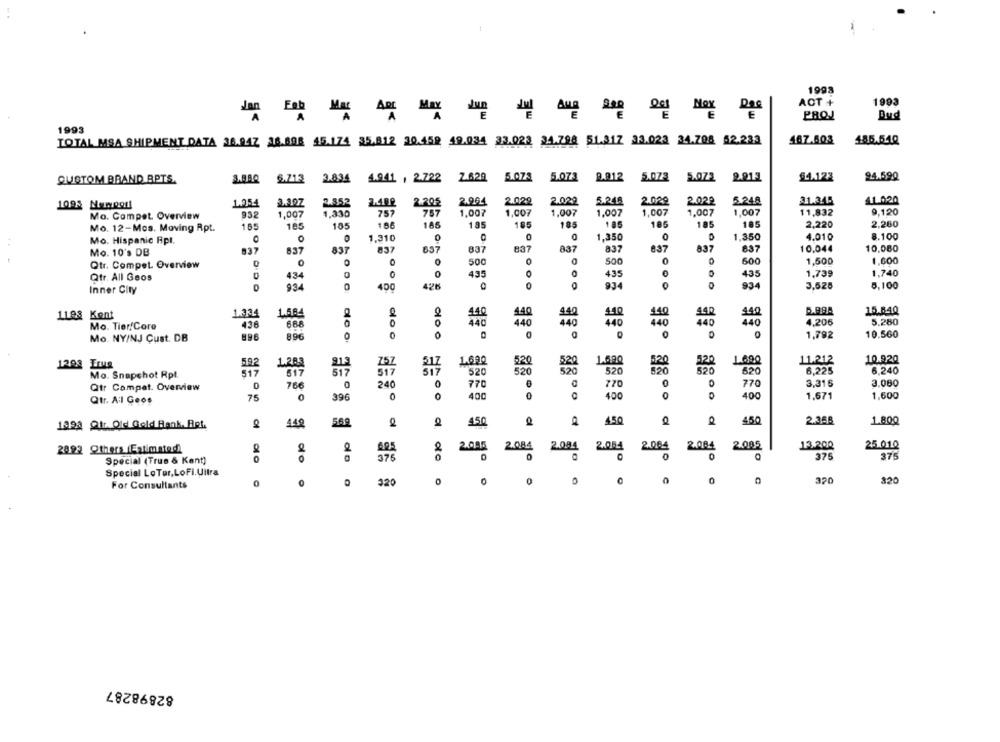
1998
ACT +
1993
PROJ
Bud
1993
TOTAL MSA SHIPMENT DATA 36.94Z 16.698 45.174 35.812 20.459 49.034 23.023 24.798 51.317 33.023 34.708 52.233
467.603
185.54Q
CUSTOM BRAND BPTS.
$.713
3.834
4.941 , 2.722
2.629 5.073
5.073
9.912
5.073
5.072
2.01.4
94.123
24.590
2.029
2.029
3.245
2.029
2020
31.345
41.020
1095 Moimipod
1.954
2.197
2.352
2.400
2.202
2.994
5.248
Mo. Campet. Overview
932
1,007
1,330
757
757
1.007
1,007
1,007
1.007
1,007
1,007
1,007
11,832
9,120
2,220
2.260
Mo. 12-Mos. Moving Rpt.
165
185
105
100
185
185
185
185
185
185
185
185
1,310
0
0
1,350
0
1.350
4.010
8.100
Mo. Hispanic Rpl.
Mo. 10's DB
837
837
837
837
657
837
837
837
837
837
837
637
10,044
10,080
0
500
0
600
Qtr. Compet. Overview
O
500
1,500
1,600
434
0
O
435
O
435
435
1,739
1,740
Qtr. All Geos
Inner City
D'DO
934
400
934
934
3,525
5.100
1.334
1.564
440
440
15.840
1198 Kont
440
140
140
Mo. Tier/Core
43.6
688
0
440
440
440
440
440
4,206
5.280
O
10.560
Mo. NY/NJ Cust. DB
896
896
Clo o
1,792
1203 Trug
592
1.283
757
1.690
520
1.080
1.000
11.212
10.920
817
517
517
517
520
520
620
6,225
6,240
Mo. Snapshot Rpt
517
766
240
0
770
770
0
770
3,316
3,080
Qtr Compat. Overview
Qtr. Al Geos
75
0
396
0
400
400
400
1.671
1,600
1993 Qtr. Old Gold Bank, Ret.
448
569
450
a
450
450
2.35B
1.800
a
2800 a
2.005
2.084
2.084
2.084
2.064
2005
25.010
28.92 Others Entimnind)
2.004
13.200
Special (True & Kant)
375
oo
0
375
375
Special LoTer, LoFi. Ultra
0
320
0
e
0
320
320
For Consultants
82898287